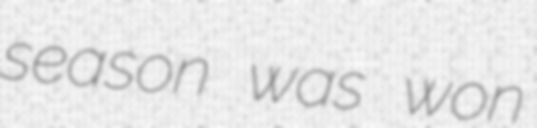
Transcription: season was won